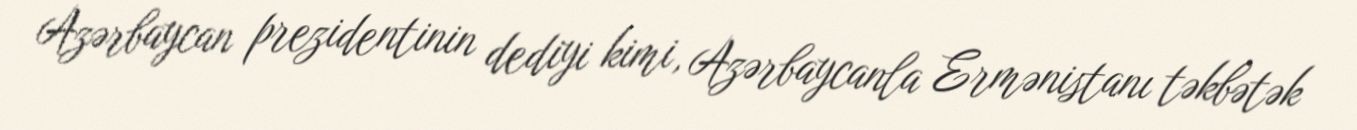
Azərbaycan prezidentinin dediyi kimi, Azərbaycanla Ermənistanı təkbətək